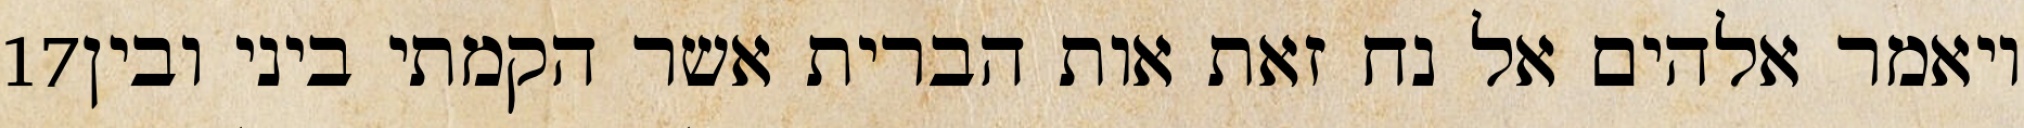
‎17‏ ויאמר אלהים אל נח זאת אות הברית אשר הקמתי ביני ובין